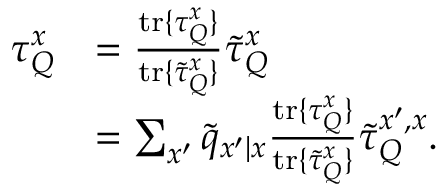
\begin{array} { r l } { \tau _ { Q } ^ { x } } & { = \frac { \mathrm { t r } \{ \tau _ { Q } ^ { x } \} } { \mathrm { t r } \{ \tilde { \tau } _ { Q } ^ { x } \} } \tilde { \tau } _ { Q } ^ { x } } \\ & { = \sum _ { x ^ { \prime } } \tilde { q } _ { x ^ { \prime } | x } \frac { \mathrm { t r } \{ \tau _ { Q } ^ { x } \} } { \mathrm { t r } \{ \tilde { \tau } _ { Q } ^ { x } \} } \tilde { \tau } _ { Q } ^ { x ^ { \prime } , x } . } \end{array}